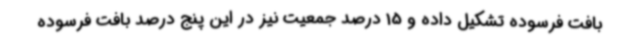
بافت فرسوده تشکیل داده و 15 درصد جمعیت نیز در این پنج درصد بافت فرسوده